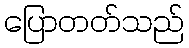
ပြောတတ်သည်